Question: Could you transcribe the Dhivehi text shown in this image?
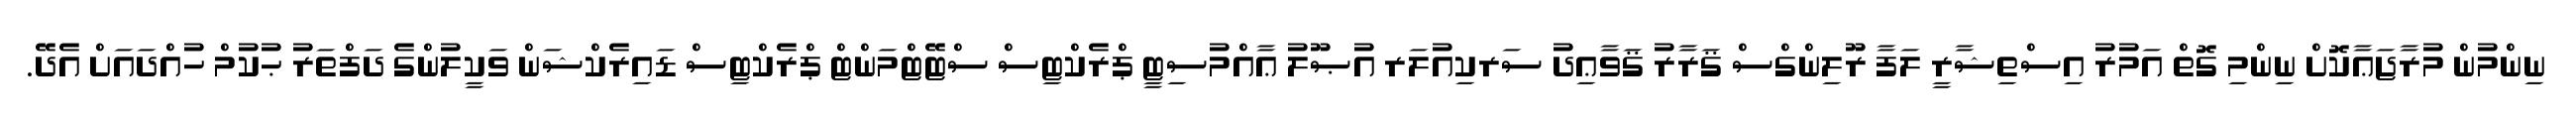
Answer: ނިންމުން މުރާޖަޢާކޮށް ނިންމި ގޮތް އަމުރު އިސްތިޝާރީ ލަފާ ރޫލިންގްސް ޤަރާރު ޤަވާޢިދު ސަރކިއުލަރ އުޞޫލު ޢާއްމުސިޓީ ޕްރެކްޓިސް ސްޓޭޓްމަންޓް ޕްރެކްޓިސް ޑައިރެކްޝަން ވަކީލުންގެ ދަފްތަރު ޙުކުމް ހުއްދައަށް އެދޭ.